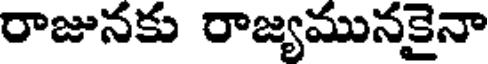
రాజునకు రాజ్యమునకైనా